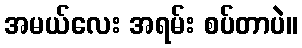
အမယ်လေး အရမ်း စပ်တာပဲ။